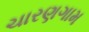
ચારણગામ